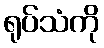
ရုပ်သံကို